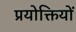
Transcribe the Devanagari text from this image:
प्रयोक्तियों